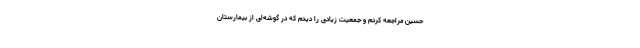
حسین مراجعه کردم و جمعیت زیادی را دیدم که در گوشه‌ای از بیمارستان